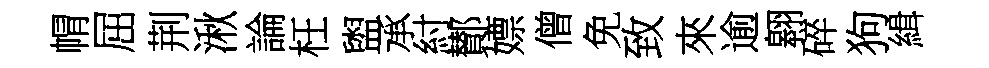
㡌屈荆湫論枉盥承紂鄼嫖僧免致來逾翱碎狗緝